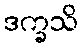
ဒက္ခသိ